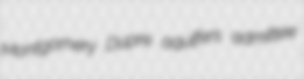
Montgomery Dupre aquifers admittee